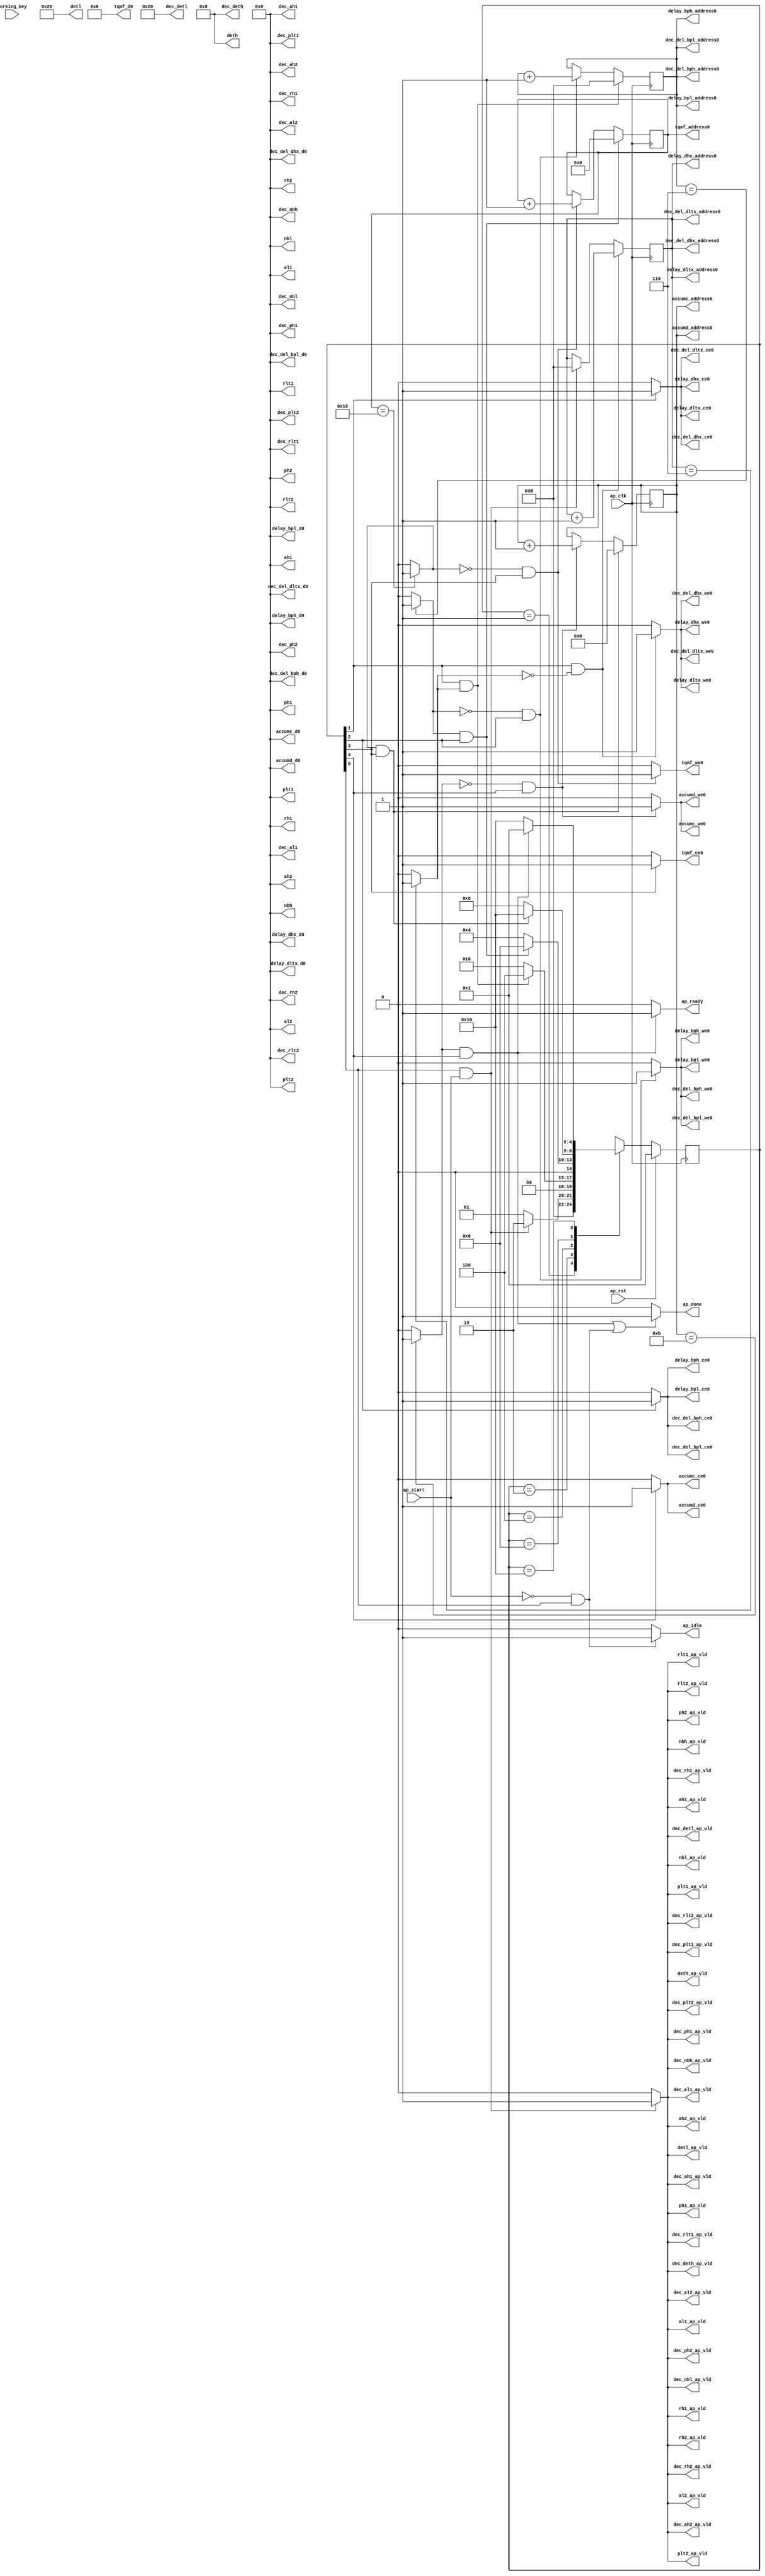

module reset
(
  ap_clk,
  ap_rst,
  ap_start,
  ap_done,
  ap_idle,
  ap_ready,
  dec_detl,
  dec_detl_ap_vld,
  detl,
  detl_ap_vld,
  dec_deth,
  dec_deth_ap_vld,
  deth,
  deth_ap_vld,
  rlt2,
  rlt2_ap_vld,
  rlt1,
  rlt1_ap_vld,
  plt2,
  plt2_ap_vld,
  plt1,
  plt1_ap_vld,
  al2,
  al2_ap_vld,
  al1,
  al1_ap_vld,
  nbl,
  nbl_ap_vld,
  rh2,
  rh2_ap_vld,
  rh1,
  rh1_ap_vld,
  ph2,
  ph2_ap_vld,
  ph1,
  ph1_ap_vld,
  ah2,
  ah2_ap_vld,
  ah1,
  ah1_ap_vld,
  nbh,
  nbh_ap_vld,
  dec_rlt2,
  dec_rlt2_ap_vld,
  dec_rlt1,
  dec_rlt1_ap_vld,
  dec_plt2,
  dec_plt2_ap_vld,
  dec_plt1,
  dec_plt1_ap_vld,
  dec_al2,
  dec_al2_ap_vld,
  dec_al1,
  dec_al1_ap_vld,
  dec_nbl,
  dec_nbl_ap_vld,
  dec_rh2,
  dec_rh2_ap_vld,
  dec_rh1,
  dec_rh1_ap_vld,
  dec_ph2,
  dec_ph2_ap_vld,
  dec_ph1,
  dec_ph1_ap_vld,
  dec_ah2,
  dec_ah2_ap_vld,
  dec_ah1,
  dec_ah1_ap_vld,
  dec_nbh,
  dec_nbh_ap_vld,
  delay_dltx_address0,
  delay_dltx_ce0,
  delay_dltx_we0,
  delay_dltx_d0,
  delay_dhx_address0,
  delay_dhx_ce0,
  delay_dhx_we0,
  delay_dhx_d0,
  dec_del_dltx_address0,
  dec_del_dltx_ce0,
  dec_del_dltx_we0,
  dec_del_dltx_d0,
  dec_del_dhx_address0,
  dec_del_dhx_ce0,
  dec_del_dhx_we0,
  dec_del_dhx_d0,
  delay_bpl_address0,
  delay_bpl_ce0,
  delay_bpl_we0,
  delay_bpl_d0,
  delay_bph_address0,
  delay_bph_ce0,
  delay_bph_we0,
  delay_bph_d0,
  dec_del_bpl_address0,
  dec_del_bpl_ce0,
  dec_del_bpl_we0,
  dec_del_bpl_d0,
  dec_del_bph_address0,
  dec_del_bph_ce0,
  dec_del_bph_we0,
  dec_del_bph_d0,
  tqmf_address0,
  tqmf_ce0,
  tqmf_we0,
  tqmf_d0,
  accumc_address0,
  accumc_ce0,
  accumc_we0,
  accumc_d0,
  accumd_address0,
  accumd_ce0,
  accumd_we0,
  accumd_d0,
  working_key
);

  parameter ap_ST_fsm_state1 = 5'd1;
  parameter ap_ST_fsm_state2 = 5'd2;
  parameter ap_ST_fsm_state3 = 5'd4;
  parameter ap_ST_fsm_state4 = 5'd8;
  parameter ap_ST_fsm_state5 = 5'd16;
  input ap_clk;
  input ap_rst;
  input ap_start;
  output ap_done;
  output ap_idle;
  output ap_ready;
  input [45:0] working_key;
  output [14:0] dec_detl;
  output dec_detl_ap_vld;
  output [31:0] detl;
  output detl_ap_vld;
  output [14:0] dec_deth;
  output dec_deth_ap_vld;
  output [14:0] deth;
  output deth_ap_vld;
  output [31:0] rlt2;
  output rlt2_ap_vld;
  output [31:0] rlt1;
  output rlt1_ap_vld;
  output [31:0] plt2;
  output plt2_ap_vld;
  output [31:0] plt1;
  output plt1_ap_vld;
  output [31:0] al2;
  output al2_ap_vld;
  output [31:0] al1;
  output al1_ap_vld;
  output [31:0] nbl;
  output nbl_ap_vld;
  output [31:0] rh2;
  output rh2_ap_vld;
  output [31:0] rh1;
  output rh1_ap_vld;
  output [31:0] ph2;
  output ph2_ap_vld;
  output [31:0] ph1;
  output ph1_ap_vld;
  output [31:0] ah2;
  output ah2_ap_vld;
  output [31:0] ah1;
  output ah1_ap_vld;
  output [31:0] nbh;
  output nbh_ap_vld;
  output [31:0] dec_rlt2;
  output dec_rlt2_ap_vld;
  output [31:0] dec_rlt1;
  output dec_rlt1_ap_vld;
  output [31:0] dec_plt2;
  output dec_plt2_ap_vld;
  output [31:0] dec_plt1;
  output dec_plt1_ap_vld;
  output [31:0] dec_al2;
  output dec_al2_ap_vld;
  output [31:0] dec_al1;
  output dec_al1_ap_vld;
  output [31:0] dec_nbl;
  output dec_nbl_ap_vld;
  output [31:0] dec_rh2;
  output dec_rh2_ap_vld;
  output [31:0] dec_rh1;
  output dec_rh1_ap_vld;
  output [31:0] dec_ph2;
  output dec_ph2_ap_vld;
  output [31:0] dec_ph1;
  output dec_ph1_ap_vld;
  output [31:0] dec_ah2;
  output dec_ah2_ap_vld;
  output [31:0] dec_ah1;
  output dec_ah1_ap_vld;
  output [31:0] dec_nbh;
  output dec_nbh_ap_vld;
  output [2:0] delay_dltx_address0;
  output delay_dltx_ce0;
  output delay_dltx_we0;
  output [31:0] delay_dltx_d0;
  output [2:0] delay_dhx_address0;
  output delay_dhx_ce0;
  output delay_dhx_we0;
  output [31:0] delay_dhx_d0;
  output [2:0] dec_del_dltx_address0;
  output dec_del_dltx_ce0;
  output dec_del_dltx_we0;
  output [31:0] dec_del_dltx_d0;
  output [2:0] dec_del_dhx_address0;
  output dec_del_dhx_ce0;
  output dec_del_dhx_we0;
  output [31:0] dec_del_dhx_d0;
  output [2:0] delay_bpl_address0;
  output delay_bpl_ce0;
  output delay_bpl_we0;
  output [31:0] delay_bpl_d0;
  output [2:0] delay_bph_address0;
  output delay_bph_ce0;
  output delay_bph_we0;
  output [31:0] delay_bph_d0;
  output [2:0] dec_del_bpl_address0;
  output dec_del_bpl_ce0;
  output dec_del_bpl_we0;
  output [31:0] dec_del_bpl_d0;
  output [2:0] dec_del_bph_address0;
  output dec_del_bph_ce0;
  output dec_del_bph_we0;
  output [31:0] dec_del_bph_d0;
  output [4:0] tqmf_address0;
  output tqmf_ce0;
  output tqmf_we0;
  output [6:0] tqmf_d0;
  output [3:0] accumc_address0;
  output accumc_ce0;
  output accumc_we0;
  output [31:0] accumc_d0;
  output [3:0] accumd_address0;
  output accumd_ce0;
  output accumd_we0;
  output [31:0] accumd_d0;
  reg ap_done;
  reg ap_idle;
  reg ap_ready;
  reg dec_detl_ap_vld;
  reg detl_ap_vld;
  reg dec_deth_ap_vld;
  reg deth_ap_vld;
  reg rlt2_ap_vld;
  reg rlt1_ap_vld;
  reg plt2_ap_vld;
  reg plt1_ap_vld;
  reg al2_ap_vld;
  reg al1_ap_vld;
  reg nbl_ap_vld;
  reg rh2_ap_vld;
  reg rh1_ap_vld;
  reg ph2_ap_vld;
  reg ph1_ap_vld;
  reg ah2_ap_vld;
  reg ah1_ap_vld;
  reg nbh_ap_vld;
  reg dec_rlt2_ap_vld;
  reg dec_rlt1_ap_vld;
  reg dec_plt2_ap_vld;
  reg dec_plt1_ap_vld;
  reg dec_al2_ap_vld;
  reg dec_al1_ap_vld;
  reg dec_nbl_ap_vld;
  reg dec_rh2_ap_vld;
  reg dec_rh1_ap_vld;
  reg dec_ph2_ap_vld;
  reg dec_ph1_ap_vld;
  reg dec_ah2_ap_vld;
  reg dec_ah1_ap_vld;
  reg dec_nbh_ap_vld;
  reg delay_dltx_ce0;
  reg delay_dltx_we0;
  reg delay_dhx_ce0;
  reg delay_dhx_we0;
  reg dec_del_dltx_ce0;
  reg dec_del_dltx_we0;
  reg dec_del_dhx_ce0;
  reg dec_del_dhx_we0;
  reg delay_bpl_ce0;
  reg delay_bpl_we0;
  reg delay_bph_ce0;
  reg delay_bph_we0;
  reg dec_del_bpl_ce0;
  reg dec_del_bpl_we0;
  reg dec_del_bph_ce0;
  reg dec_del_bph_we0;
  reg tqmf_ce0;
  reg tqmf_we0;
  reg accumc_ce0;
  reg accumc_we0;
  reg accumd_ce0;
  reg accumd_we0;
  reg [4:0] ap_CS_fsm;
  wire ap_CS_fsm_state1;
  wire [2:0] i_4_fu_520_p2;
  wire ap_CS_fsm_state2;
  wire [2:0] i_5_fu_540_p2;
  wire ap_CS_fsm_state3;
  wire [4:0] i_6_fu_560_p2;
  wire ap_CS_fsm_state4;
  wire [3:0] i_7_fu_577_p2;
  wire ap_CS_fsm_state5;
  reg [2:0] i_reg_278;
  wire [0:0] exitcond3_fu_514_p2;
  reg [2:0] i_1_reg_289;
  wire [0:0] exitcond2_fu_534_p2;
  reg [4:0] i_2_reg_300;
  wire [0:0] exitcond1_fu_554_p2;
  reg [3:0] i_3_reg_311;
  wire [0:0] exitcond_fu_571_p2;
  wire [63:0] tmp_fu_526_p1;
  wire [63:0] tmp_s_fu_546_p1;
  wire [63:0] tmp_11_fu_566_p1;
  wire [63:0] tmp_12_fu_583_p1;
  reg [4:0] ap_NS_fsm;

  initial begin
    #0 ap_CS_fsm = 5'd1;
  end


  always @(posedge ap_clk) begin
    if(ap_rst == 1'b1) begin
      ap_CS_fsm <= ap_ST_fsm_state1;
    end else begin
      ap_CS_fsm <= ap_NS_fsm;
    end
  end


  always @(posedge ap_clk) begin
    if((1'b1 == ap_CS_fsm_state2) & (exitcond3_fu_514_p2 == 1'd1)) begin
      i_1_reg_289 <= 3'd0;
    end else if((exitcond2_fu_534_p2 == 1'd0) & (1'b1 == ap_CS_fsm_state3)) begin
      i_1_reg_289 <= i_5_fu_540_p2;
    end 
  end


  always @(posedge ap_clk) begin
    if((exitcond2_fu_534_p2 == 1'd1) & (1'b1 == ap_CS_fsm_state3)) begin
      i_2_reg_300 <= 5'd0;
    end else if((exitcond1_fu_554_p2 == 1'd0) & (1'b1 == ap_CS_fsm_state4)) begin
      i_2_reg_300 <= i_6_fu_560_p2;
    end 
  end


  always @(posedge ap_clk) begin
    if((exitcond1_fu_554_p2 == 1'd1) & (1'b1 == ap_CS_fsm_state4)) begin
      i_3_reg_311 <= 4'd0;
    end else if((exitcond_fu_571_p2 == 1'd0) & (1'b1 == ap_CS_fsm_state5)) begin
      i_3_reg_311 <= i_7_fu_577_p2;
    end 
  end


  always @(posedge ap_clk) begin
    if((1'b1 == ap_CS_fsm_state2) & (exitcond3_fu_514_p2 == 1'd0)) begin
      i_reg_278 <= i_4_fu_520_p2;
    end else if((1'b1 == ap_CS_fsm_state1) & (ap_start == 1'b1)) begin
      i_reg_278 <= 3'd0;
    end 
  end


  always @(*) begin
    if(1'b1 == ap_CS_fsm_state5) begin
      accumc_ce0 = 1'b1;
    end else begin
      accumc_ce0 = 1'b0;
    end
  end


  always @(*) begin
    if((exitcond_fu_571_p2 == 1'd0) & (1'b1 == ap_CS_fsm_state5)) begin
      accumc_we0 = 1'b1;
    end else begin
      accumc_we0 = 1'b0;
    end
  end


  always @(*) begin
    if(1'b1 == ap_CS_fsm_state5) begin
      accumd_ce0 = 1'b1;
    end else begin
      accumd_ce0 = 1'b0;
    end
  end


  always @(*) begin
    if((exitcond_fu_571_p2 == 1'd0) & (1'b1 == ap_CS_fsm_state5)) begin
      accumd_we0 = 1'b1;
    end else begin
      accumd_we0 = 1'b0;
    end
  end


  always @(*) begin
    if((1'b1 == ap_CS_fsm_state1) & (ap_start == 1'b1)) begin
      ah1_ap_vld = 1'b1;
    end else begin
      ah1_ap_vld = 1'b0;
    end
  end


  always @(*) begin
    if((1'b1 == ap_CS_fsm_state1) & (ap_start == 1'b1)) begin
      ah2_ap_vld = 1'b1;
    end else begin
      ah2_ap_vld = 1'b0;
    end
  end


  always @(*) begin
    if((1'b1 == ap_CS_fsm_state1) & (ap_start == 1'b1)) begin
      al1_ap_vld = 1'b1;
    end else begin
      al1_ap_vld = 1'b0;
    end
  end


  always @(*) begin
    if((1'b1 == ap_CS_fsm_state1) & (ap_start == 1'b1)) begin
      al2_ap_vld = 1'b1;
    end else begin
      al2_ap_vld = 1'b0;
    end
  end


  always @(*) begin
    if((exitcond_fu_571_p2 == 1'd1) & (1'b1 == ap_CS_fsm_state5) | (ap_start == 1'b0) & (1'b1 == ap_CS_fsm_state1)) begin
      ap_done = 1'b1;
    end else begin
      ap_done = 1'b0;
    end
  end


  always @(*) begin
    if((ap_start == 1'b0) & (1'b1 == ap_CS_fsm_state1)) begin
      ap_idle = 1'b1;
    end else begin
      ap_idle = 1'b0;
    end
  end


  always @(*) begin
    if((exitcond_fu_571_p2 == 1'd1) & (1'b1 == ap_CS_fsm_state5)) begin
      ap_ready = 1'b1;
    end else begin
      ap_ready = 1'b0;
    end
  end


  always @(*) begin
    if((1'b1 == ap_CS_fsm_state1) & (ap_start == 1'b1)) begin
      dec_ah1_ap_vld = 1'b1;
    end else begin
      dec_ah1_ap_vld = 1'b0;
    end
  end


  always @(*) begin
    if((1'b1 == ap_CS_fsm_state1) & (ap_start == 1'b1)) begin
      dec_ah2_ap_vld = 1'b1;
    end else begin
      dec_ah2_ap_vld = 1'b0;
    end
  end


  always @(*) begin
    if((1'b1 == ap_CS_fsm_state1) & (ap_start == 1'b1)) begin
      dec_al1_ap_vld = 1'b1;
    end else begin
      dec_al1_ap_vld = 1'b0;
    end
  end


  always @(*) begin
    if((1'b1 == ap_CS_fsm_state1) & (ap_start == 1'b1)) begin
      dec_al2_ap_vld = 1'b1;
    end else begin
      dec_al2_ap_vld = 1'b0;
    end
  end


  always @(*) begin
    if(1'b1 == ap_CS_fsm_state3) begin
      dec_del_bph_ce0 = 1'b1;
    end else begin
      dec_del_bph_ce0 = 1'b0;
    end
  end


  always @(*) begin
    if((exitcond2_fu_534_p2 == 1'd0) & (1'b1 == ap_CS_fsm_state3)) begin
      dec_del_bph_we0 = 1'b1;
    end else begin
      dec_del_bph_we0 = 1'b0;
    end
  end


  always @(*) begin
    if(1'b1 == ap_CS_fsm_state3) begin
      dec_del_bpl_ce0 = 1'b1;
    end else begin
      dec_del_bpl_ce0 = 1'b0;
    end
  end


  always @(*) begin
    if((exitcond2_fu_534_p2 == 1'd0) & (1'b1 == ap_CS_fsm_state3)) begin
      dec_del_bpl_we0 = 1'b1;
    end else begin
      dec_del_bpl_we0 = 1'b0;
    end
  end


  always @(*) begin
    if(1'b1 == ap_CS_fsm_state2) begin
      dec_del_dhx_ce0 = 1'b1;
    end else begin
      dec_del_dhx_ce0 = 1'b0;
    end
  end


  always @(*) begin
    if((1'b1 == ap_CS_fsm_state2) & (exitcond3_fu_514_p2 == 1'd0)) begin
      dec_del_dhx_we0 = 1'b1;
    end else begin
      dec_del_dhx_we0 = 1'b0;
    end
  end


  always @(*) begin
    if(1'b1 == ap_CS_fsm_state2) begin
      dec_del_dltx_ce0 = 1'b1;
    end else begin
      dec_del_dltx_ce0 = 1'b0;
    end
  end


  always @(*) begin
    if((1'b1 == ap_CS_fsm_state2) & (exitcond3_fu_514_p2 == 1'd0)) begin
      dec_del_dltx_we0 = 1'b1;
    end else begin
      dec_del_dltx_we0 = 1'b0;
    end
  end


  always @(*) begin
    if((1'b1 == ap_CS_fsm_state1) & (ap_start == 1'b1)) begin
      dec_deth_ap_vld = 1'b1;
    end else begin
      dec_deth_ap_vld = 1'b0;
    end
  end


  always @(*) begin
    if((1'b1 == ap_CS_fsm_state1) & (ap_start == 1'b1)) begin
      dec_detl_ap_vld = 1'b1;
    end else begin
      dec_detl_ap_vld = 1'b0;
    end
  end


  always @(*) begin
    if((1'b1 == ap_CS_fsm_state1) & (ap_start == 1'b1)) begin
      dec_nbh_ap_vld = 1'b1;
    end else begin
      dec_nbh_ap_vld = 1'b0;
    end
  end


  always @(*) begin
    if((1'b1 == ap_CS_fsm_state1) & (ap_start == 1'b1)) begin
      dec_nbl_ap_vld = 1'b1;
    end else begin
      dec_nbl_ap_vld = 1'b0;
    end
  end


  always @(*) begin
    if((1'b1 == ap_CS_fsm_state1) & (ap_start == 1'b1)) begin
      dec_ph1_ap_vld = 1'b1;
    end else begin
      dec_ph1_ap_vld = 1'b0;
    end
  end


  always @(*) begin
    if((1'b1 == ap_CS_fsm_state1) & (ap_start == 1'b1)) begin
      dec_ph2_ap_vld = 1'b1;
    end else begin
      dec_ph2_ap_vld = 1'b0;
    end
  end


  always @(*) begin
    if((1'b1 == ap_CS_fsm_state1) & (ap_start == 1'b1)) begin
      dec_plt1_ap_vld = 1'b1;
    end else begin
      dec_plt1_ap_vld = 1'b0;
    end
  end


  always @(*) begin
    if((1'b1 == ap_CS_fsm_state1) & (ap_start == 1'b1)) begin
      dec_plt2_ap_vld = 1'b1;
    end else begin
      dec_plt2_ap_vld = 1'b0;
    end
  end


  always @(*) begin
    if((1'b1 == ap_CS_fsm_state1) & (ap_start == 1'b1)) begin
      dec_rh1_ap_vld = 1'b1;
    end else begin
      dec_rh1_ap_vld = 1'b0;
    end
  end


  always @(*) begin
    if((1'b1 == ap_CS_fsm_state1) & (ap_start == 1'b1)) begin
      dec_rh2_ap_vld = 1'b1;
    end else begin
      dec_rh2_ap_vld = 1'b0;
    end
  end


  always @(*) begin
    if((1'b1 == ap_CS_fsm_state1) & (ap_start == 1'b1)) begin
      dec_rlt1_ap_vld = 1'b1;
    end else begin
      dec_rlt1_ap_vld = 1'b0;
    end
  end


  always @(*) begin
    if((1'b1 == ap_CS_fsm_state1) & (ap_start == 1'b1)) begin
      dec_rlt2_ap_vld = 1'b1;
    end else begin
      dec_rlt2_ap_vld = 1'b0;
    end
  end


  always @(*) begin
    if(1'b1 == ap_CS_fsm_state3) begin
      delay_bph_ce0 = 1'b1;
    end else begin
      delay_bph_ce0 = 1'b0;
    end
  end


  always @(*) begin
    if((exitcond2_fu_534_p2 == 1'd0) & (1'b1 == ap_CS_fsm_state3)) begin
      delay_bph_we0 = 1'b1;
    end else begin
      delay_bph_we0 = 1'b0;
    end
  end


  always @(*) begin
    if(1'b1 == ap_CS_fsm_state3) begin
      delay_bpl_ce0 = 1'b1;
    end else begin
      delay_bpl_ce0 = 1'b0;
    end
  end


  always @(*) begin
    if((exitcond2_fu_534_p2 == 1'd0) & (1'b1 == ap_CS_fsm_state3)) begin
      delay_bpl_we0 = 1'b1;
    end else begin
      delay_bpl_we0 = 1'b0;
    end
  end


  always @(*) begin
    if(1'b1 == ap_CS_fsm_state2) begin
      delay_dhx_ce0 = 1'b1;
    end else begin
      delay_dhx_ce0 = 1'b0;
    end
  end


  always @(*) begin
    if((1'b1 == ap_CS_fsm_state2) & (exitcond3_fu_514_p2 == 1'd0)) begin
      delay_dhx_we0 = 1'b1;
    end else begin
      delay_dhx_we0 = 1'b0;
    end
  end


  always @(*) begin
    if(1'b1 == ap_CS_fsm_state2) begin
      delay_dltx_ce0 = 1'b1;
    end else begin
      delay_dltx_ce0 = 1'b0;
    end
  end


  always @(*) begin
    if((1'b1 == ap_CS_fsm_state2) & (exitcond3_fu_514_p2 == 1'd0)) begin
      delay_dltx_we0 = 1'b1;
    end else begin
      delay_dltx_we0 = 1'b0;
    end
  end


  always @(*) begin
    if((1'b1 == ap_CS_fsm_state1) & (ap_start == 1'b1)) begin
      deth_ap_vld = 1'b1;
    end else begin
      deth_ap_vld = 1'b0;
    end
  end


  always @(*) begin
    if((1'b1 == ap_CS_fsm_state1) & (ap_start == 1'b1)) begin
      detl_ap_vld = 1'b1;
    end else begin
      detl_ap_vld = 1'b0;
    end
  end


  always @(*) begin
    if((1'b1 == ap_CS_fsm_state1) & (ap_start == 1'b1)) begin
      nbh_ap_vld = 1'b1;
    end else begin
      nbh_ap_vld = 1'b0;
    end
  end


  always @(*) begin
    if((1'b1 == ap_CS_fsm_state1) & (ap_start == 1'b1)) begin
      nbl_ap_vld = 1'b1;
    end else begin
      nbl_ap_vld = 1'b0;
    end
  end


  always @(*) begin
    if((1'b1 == ap_CS_fsm_state1) & (ap_start == 1'b1)) begin
      ph1_ap_vld = 1'b1;
    end else begin
      ph1_ap_vld = 1'b0;
    end
  end


  always @(*) begin
    if((1'b1 == ap_CS_fsm_state1) & (ap_start == 1'b1)) begin
      ph2_ap_vld = 1'b1;
    end else begin
      ph2_ap_vld = 1'b0;
    end
  end


  always @(*) begin
    if((1'b1 == ap_CS_fsm_state1) & (ap_start == 1'b1)) begin
      plt1_ap_vld = 1'b1;
    end else begin
      plt1_ap_vld = 1'b0;
    end
  end


  always @(*) begin
    if((1'b1 == ap_CS_fsm_state1) & (ap_start == 1'b1)) begin
      plt2_ap_vld = 1'b1;
    end else begin
      plt2_ap_vld = 1'b0;
    end
  end


  always @(*) begin
    if((1'b1 == ap_CS_fsm_state1) & (ap_start == 1'b1)) begin
      rh1_ap_vld = 1'b1;
    end else begin
      rh1_ap_vld = 1'b0;
    end
  end


  always @(*) begin
    if((1'b1 == ap_CS_fsm_state1) & (ap_start == 1'b1)) begin
      rh2_ap_vld = 1'b1;
    end else begin
      rh2_ap_vld = 1'b0;
    end
  end


  always @(*) begin
    if((1'b1 == ap_CS_fsm_state1) & (ap_start == 1'b1)) begin
      rlt1_ap_vld = 1'b1;
    end else begin
      rlt1_ap_vld = 1'b0;
    end
  end


  always @(*) begin
    if((1'b1 == ap_CS_fsm_state1) & (ap_start == 1'b1)) begin
      rlt2_ap_vld = 1'b1;
    end else begin
      rlt2_ap_vld = 1'b0;
    end
  end


  always @(*) begin
    if(1'b1 == ap_CS_fsm_state4) begin
      tqmf_ce0 = 1'b1;
    end else begin
      tqmf_ce0 = 1'b0;
    end
  end


  always @(*) begin
    if((exitcond1_fu_554_p2 == 1'd0) & (1'b1 == ap_CS_fsm_state4)) begin
      tqmf_we0 = 1'b1;
    end else begin
      tqmf_we0 = 1'b0;
    end
  end


  always @(*) begin
    case(ap_CS_fsm)
      ap_ST_fsm_state1: begin
        if((1'b1 == ap_CS_fsm_state1) & (ap_start == 1'b1)) begin
          ap_NS_fsm = ap_ST_fsm_state2;
        end else begin
          ap_NS_fsm = ap_ST_fsm_state1;
        end
      end
      ap_ST_fsm_state2: begin
        if((1'b1 == ap_CS_fsm_state2) & (exitcond3_fu_514_p2 == 1'd1)) begin
          ap_NS_fsm = ap_ST_fsm_state3;
        end else begin
          ap_NS_fsm = ap_ST_fsm_state2;
        end
      end
      ap_ST_fsm_state3: begin
        if((exitcond2_fu_534_p2 == 1'd1) & (1'b1 == ap_CS_fsm_state3)) begin
          ap_NS_fsm = ap_ST_fsm_state4;
        end else begin
          ap_NS_fsm = ap_ST_fsm_state3;
        end
      end
      ap_ST_fsm_state4: begin
        if((exitcond1_fu_554_p2 == 1'd1) & (1'b1 == ap_CS_fsm_state4)) begin
          ap_NS_fsm = ap_ST_fsm_state5;
        end else begin
          ap_NS_fsm = ap_ST_fsm_state4;
        end
      end
      ap_ST_fsm_state5: begin
        if((exitcond_fu_571_p2 == 1'd1) & (1'b1 == ap_CS_fsm_state5)) begin
          ap_NS_fsm = ap_ST_fsm_state1;
        end else begin
          ap_NS_fsm = ap_ST_fsm_state5;
        end
      end
      default: begin
        ap_NS_fsm = 'bx;
      end
    endcase
  end

  assign accumc_address0 = tmp_12_fu_583_p1;
  assign accumc_d0 = 32'd0;
  assign accumd_address0 = tmp_12_fu_583_p1;
  assign accumd_d0 = 32'd0;
  assign ah1 = 32'd0;
  assign ah2 = 32'd0;
  assign al1 = 32'd0;
  assign al2 = 32'd0;
  assign ap_CS_fsm_state1 = ap_CS_fsm[32'd0];
  assign ap_CS_fsm_state2 = ap_CS_fsm[32'd1];
  assign ap_CS_fsm_state3 = ap_CS_fsm[32'd2];
  assign ap_CS_fsm_state4 = ap_CS_fsm[32'd3];
  assign ap_CS_fsm_state5 = ap_CS_fsm[32'd4];
  assign dec_ah1 = 32'd0;
  assign dec_ah2 = 32'd0;
  assign dec_al1 = 32'd0;
  assign dec_al2 = 32'd0;
  assign dec_del_bph_address0 = tmp_s_fu_546_p1;
  assign dec_del_bph_d0 = 32'd0;
  assign dec_del_bpl_address0 = tmp_s_fu_546_p1;
  assign dec_del_bpl_d0 = 32'd0;
  assign dec_del_dhx_address0 = tmp_fu_526_p1;
  assign dec_del_dhx_d0 = 32'd0;
  assign dec_del_dltx_address0 = tmp_fu_526_p1;
  assign dec_del_dltx_d0 = 32'd0;
  assign dec_deth = 15'd8;
  assign dec_detl = 15'd32;
  assign dec_nbh = 32'd0;
  assign dec_nbl = 32'd0;
  assign dec_ph1 = 32'd0;
  assign dec_ph2 = 32'd0;
  assign dec_plt1 = 32'd0;
  assign dec_plt2 = 32'd0;
  assign dec_rh1 = 32'd0;
  assign dec_rh2 = 32'd0;
  assign dec_rlt1 = 32'd0;
  assign dec_rlt2 = 32'd0;
  assign delay_bph_address0 = tmp_s_fu_546_p1;
  assign delay_bph_d0 = 32'd0;
  assign delay_bpl_address0 = tmp_s_fu_546_p1;
  assign delay_bpl_d0 = 32'd0;
  assign delay_dhx_address0 = tmp_fu_526_p1;
  assign delay_dhx_d0 = 32'd0;
  assign delay_dltx_address0 = tmp_fu_526_p1;
  assign delay_dltx_d0 = 32'd0;
  assign deth = 15'd8;
  assign detl = 32'd32;
  assign exitcond1_fu_554_p2 = (i_2_reg_300 == 5'd24)? 1'b1 : 1'b0;
  assign exitcond2_fu_534_p2 = (i_1_reg_289 == 3'd6)? 1'b1 : 1'b0;
  assign exitcond3_fu_514_p2 = (i_reg_278 == 3'd6)? 1'b1 : 1'b0;
  assign exitcond_fu_571_p2 = (i_3_reg_311 == 4'd11)? 1'b1 : 1'b0;
  assign i_4_fu_520_p2 = i_reg_278 + 3'd1;
  assign i_5_fu_540_p2 = i_1_reg_289 + 3'd1;
  assign i_6_fu_560_p2 = i_2_reg_300 + 5'd1;
  assign i_7_fu_577_p2 = i_3_reg_311 + 4'd1;
  assign nbh = 32'd0;
  assign nbl = 32'd0;
  assign ph1 = 32'd0;
  assign ph2 = 32'd0;
  assign plt1 = 32'd0;
  assign plt2 = 32'd0;
  assign rh1 = 32'd0;
  assign rh2 = 32'd0;
  assign rlt1 = 32'd0;
  assign rlt2 = 32'd0;
  assign tmp_11_fu_566_p1 = i_2_reg_300;
  assign tmp_12_fu_583_p1 = i_3_reg_311;
  assign tmp_fu_526_p1 = i_reg_278;
  assign tmp_s_fu_546_p1 = i_1_reg_289;
  assign tqmf_address0 = tmp_11_fu_566_p1;
  assign tqmf_d0 = 7'd0;

endmodule